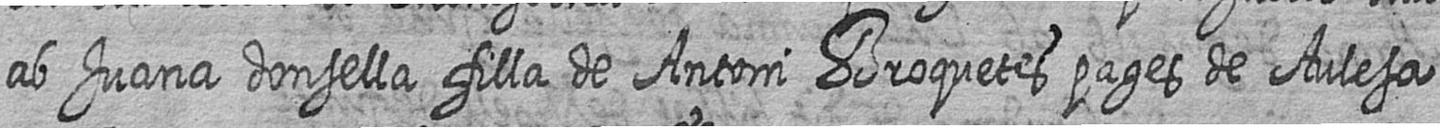
ab Juana donsella filla de Antoni Broquets pages de Aulesa